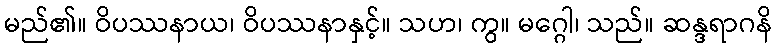
မည်၏။ ဝိပဿနာယ၊ ဝိပဿနာနှင့်။ သဟ၊ ကွ။ မဂ္ဂေါ၊ သည်။ ဆန္ဒရာဂနိ